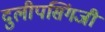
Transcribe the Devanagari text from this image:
दुलीपसिंगजी